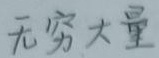
无穷大量